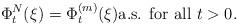
LaTeX: \begin{align*} \Phi^N_t(\xi) = \Phi^{(m)}_t(\xi) \mbox{a.s. for all } t>0. \end{align*}